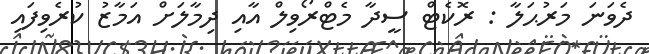
ދެވަނަ މަރުޙަލާ : ރޮކެޓް ސީދާ މެޓްރޯވިލް އާއި ދިމާލަށް އަމާޒު ކުރެވިފައި